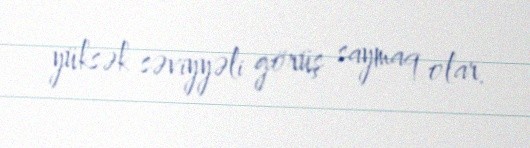
yüksək səviyyəli görüş saymaq olar.